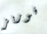
فوربز